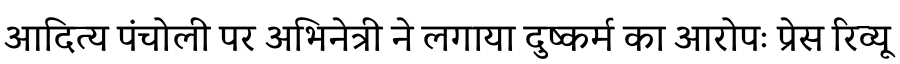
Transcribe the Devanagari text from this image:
आदित्य पंचोली पर अभिनेत्री ने लगाया दुष्कर्म का आरोपः प्रेस रिव्यू